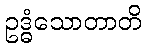
ဥဒ္ဓံသောတာတိ